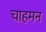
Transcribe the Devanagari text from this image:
चाहमन